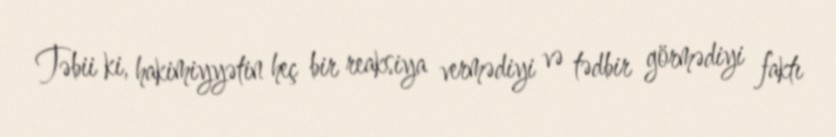
Təbii ki, hakimiyyətin heç bir reaksiya vermədiyi və tədbir görmədiyi faktı